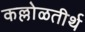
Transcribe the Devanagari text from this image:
कल्लोळतीर्थ